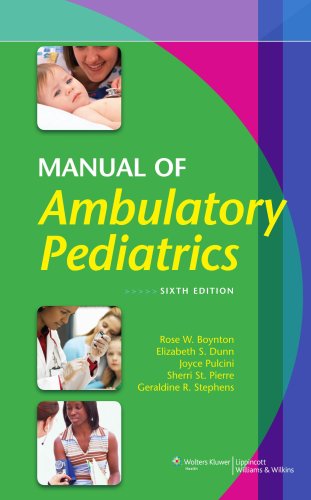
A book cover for Manual of Ambulatory Pediatrics; Rose W. Boynton RN  CPNP; Medical Books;